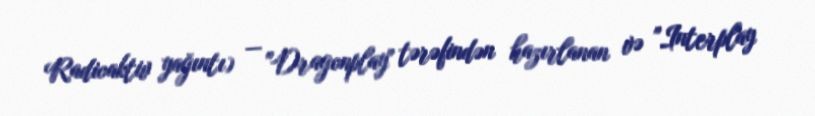
Radioaktiv yağıntı) — "Dragonplay" tərəfindən hazırlanan və "Interplay